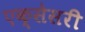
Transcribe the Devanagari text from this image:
एक्सेसरी